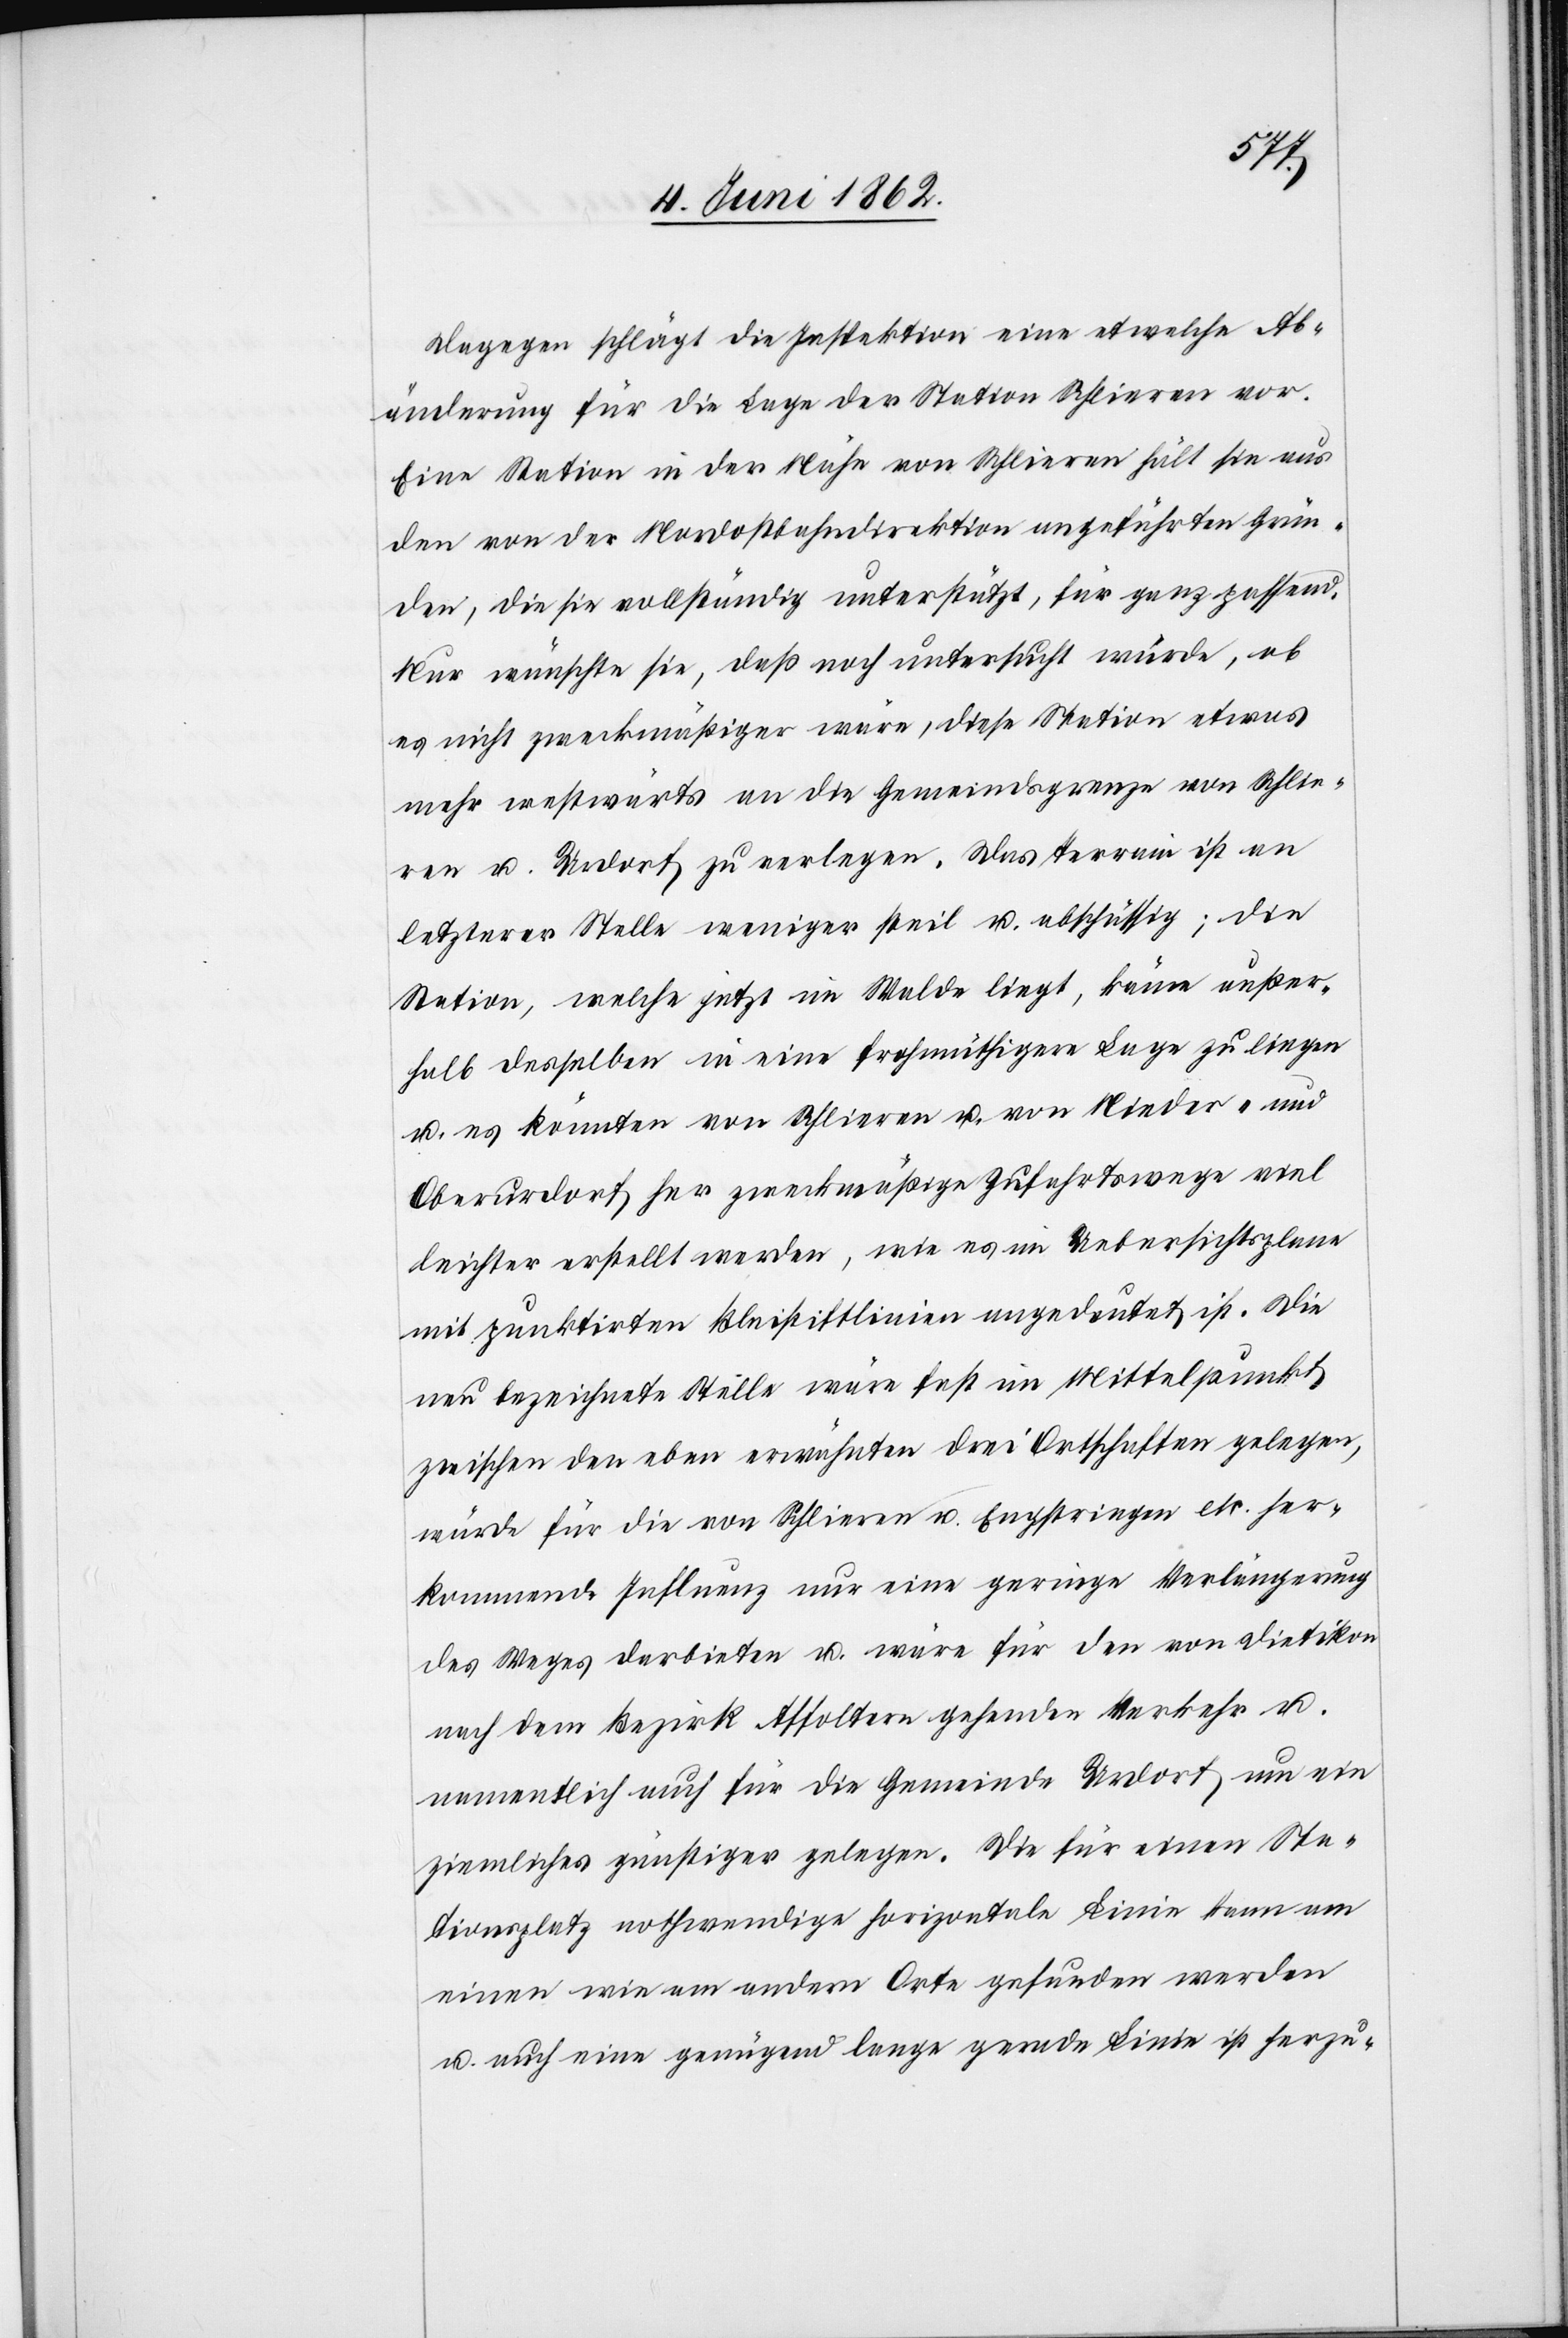
Dagegen schlägt die Inspektion eine etwelche Ab¬
änderung für die Lage der Station Schlieren vor.
Eine Station in der Nähe von Schlieren hält sie aus
den von der Nordostbahndirektion angeführten Grün¬
den, die sie vollständig unterstützt, für ganz passend.
Nur wünsche sie, daß noch untersucht würde, ob
es nicht zweckmäßiger wäre, diese Station etwas
mehr westwärts an die Gemeindsgrenze von Schlie¬
ren u. Urdorf zu verlegen. Das Terrain ist an
letzterer Stelle weniger steil u. abschüssig; die
Station, welche jetzt im Walde liegt, könne außer¬
halb desselben in eine frohmüthigere Lage zu liegen
u. es könnten von Schlieren u. von Nieder- und
Oberurdorf her zweckmäßige Zufahrtswege viel
leichter erstellt werden, wie es im Uebersichtsplane
mit punktirten Bleistiftlinien angedeutet ist. Die
neu bezeichnete Stelle wäre fast im Mittelpunkt
zwischen den eben erwähnten drei Ortschaften gelegen,
würde für die von Schlieren u. Engstringen etc. her¬
kommende Influenz nur eine geringe Verlängerung
des Weges darbieten u. wäre für den von Dietikon
nach dem Bezirk Affoltern gehenden Verkehr u.
namentlich auch für die Gemeinde Urdorf um ein
ziemliches günstiger gelegen. Die für einen Sta¬
tionsplatz nothwendige horizontale Linie kann am
einen wie am andern Orte gefunden werden
u. auch eine genügend lange gerade Linie ist herzu-